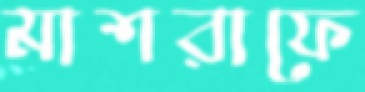
মাশরাফে